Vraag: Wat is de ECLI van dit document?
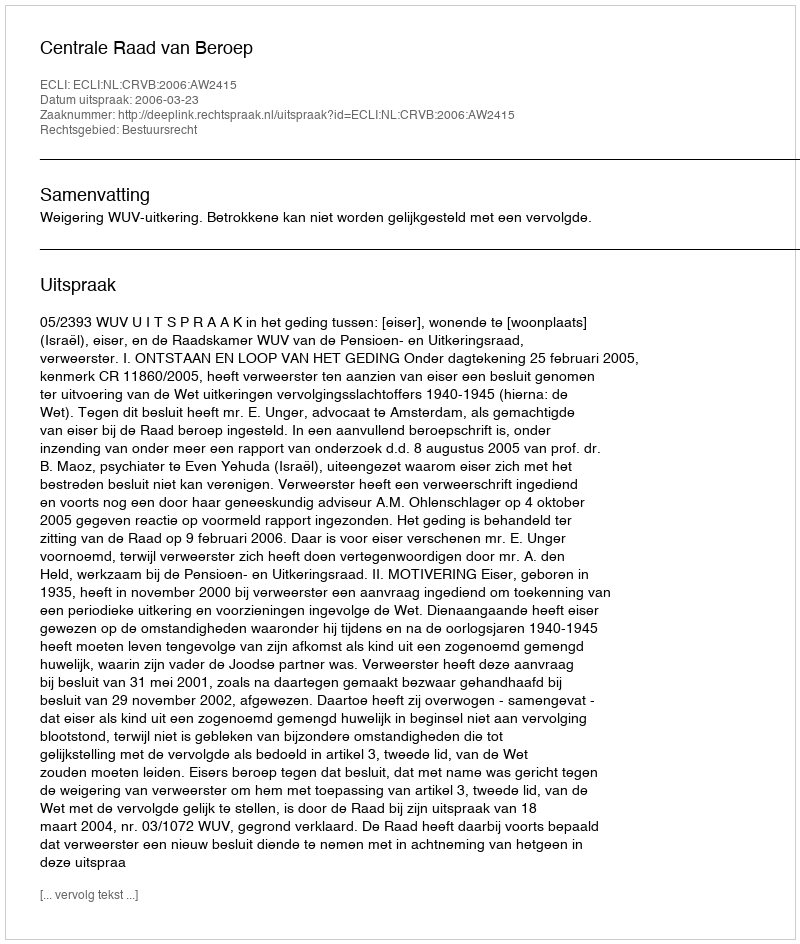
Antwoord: ECLI:NL:CRVB:2006:AW2415